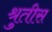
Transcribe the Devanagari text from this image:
श्रुतीस